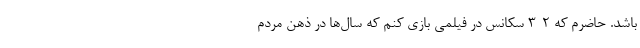
باشد. حاضرم که ۲-۳ سکانس در فیلمی بازی کنم که سال‌ها در ذهن مردم